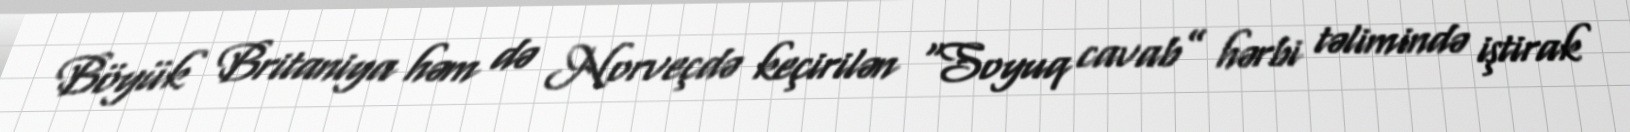
Böyük Britaniya həm də Norveçdə keçirilən “Soyuq cavab” hərbi təlimində iştirak